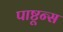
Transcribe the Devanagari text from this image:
पाष्टून्स